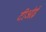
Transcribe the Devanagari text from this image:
टीओई